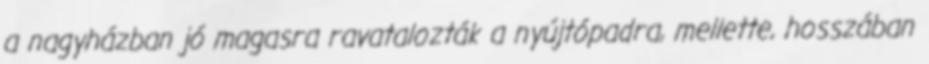
a nagyházban jó magasra ravatalozták a nyújtópadra, mellette, hosszában